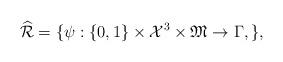
LaTeX: \begin{align*}\widehat{\mathcal{R}} = \{ \psi: \{0,1\}\times \mathcal{X}^3\times \mathfrak{M} \to \Gamma, \},\end{align*}